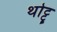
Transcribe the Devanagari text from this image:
थोट्टू